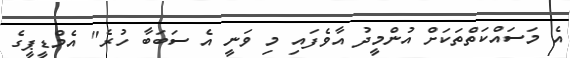
އެ މަސައްކަތްތަކަށް އުންމީދު އާވެފައި މި ވަނީ އެ ސަބަބާ ހުރެ" އެމްޑީޕީގެ